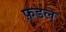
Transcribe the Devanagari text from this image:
फ़डल